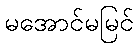
မအောင်မမြင်